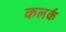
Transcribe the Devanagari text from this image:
कलर्क